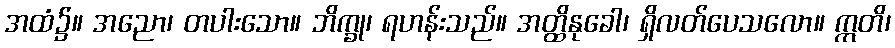
အထံ၌။ အညော၊ တပါးသော။ ဘိက္ခု၊ ရဟန်းသည်။ အတ္ထိနုခေါ၊ ရှိလတ်ပေသလော။ ဣတိ၊